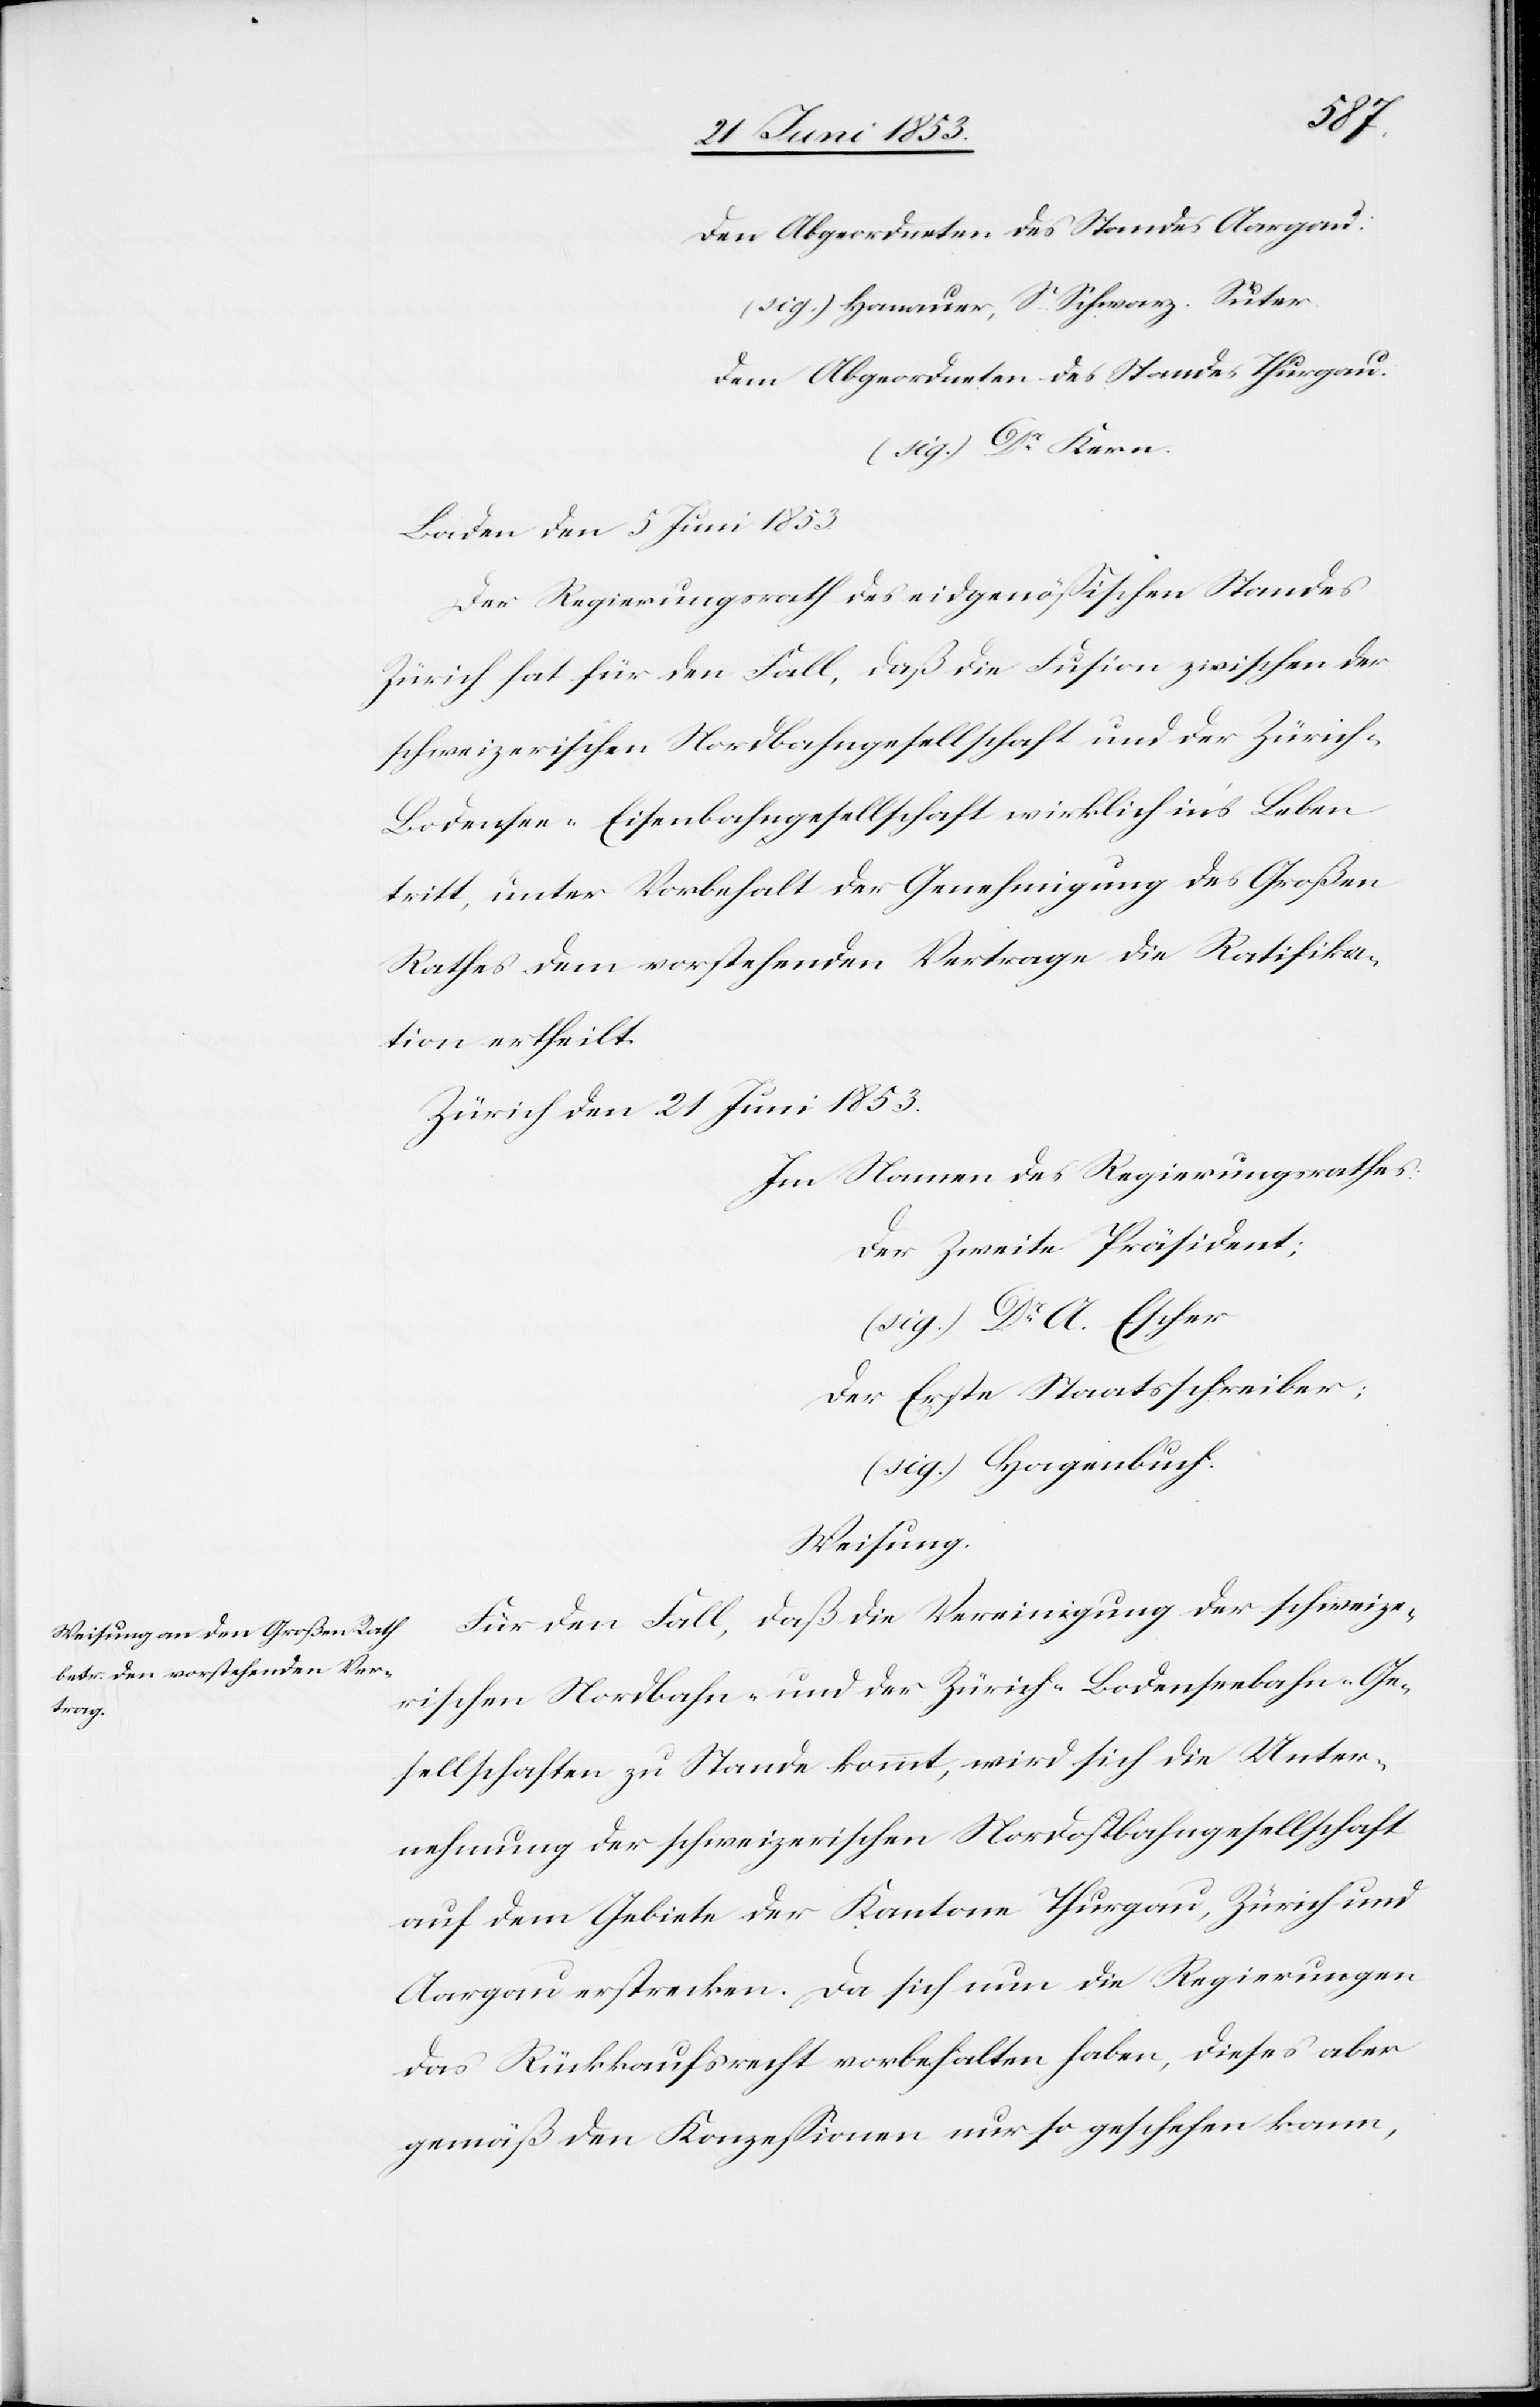
den Abgeordneten des Standes Aargau:
(sig.) Hanauer, S. Schwarz. Suter.
dem Abgeordneten des Standes Thurgau.
(sig.) Dr. Kern.
Baden den 5 Juni 1853
Der Regierungsrath des eidgenößischen Standes
Zürich hat für den Fall, daß die Fusion zwischen der
schweizerischen Nordbahngesellschaft und der Zürich-B¬
odensee-Eisenbahngesellschaft wirklich in’s Leben
tritt, unter Vorbehalt der Genehmigung des Großen
Rathes dem vorstehenden Vertrage die Ratifika¬
tion ertheilt.
Zürich den 21 Juni 1853.
Im Namen des Regierungsrathes
Der zweite Präsident;
(sig.) Dr. A. Escher
Der erste Staatsschreiber;
(sig.) Hagenbuch.
Weisung.
Für den Fall, daß die Vereinigung der schweize¬
rischen Nordbahn- und der Zürich-Bodenseebahn-Ge¬
sellschaften zu Stande kommt, wird sich die Unter¬
nehmung der schweizerischen Nordbahngesellschaft
auf dem Gebiete der Kantone Thurgau, Zürich und
Aargau erstrecken. Da sich nun die Regierungen
das Rückkaufsrecht vorbehalten haben, dieses aber
gemäß den Konzeßionen nur so geschehen kann,